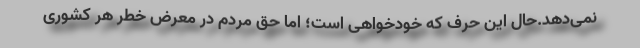
نمی‌دهد.حال این حرف که خودخواهی است؛ اما حق مردم در معرض خطر هر کشوری